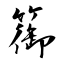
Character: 篽